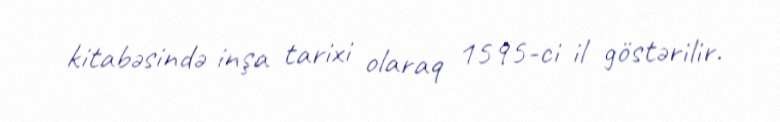
kitabəsində inşa tarixi olaraq 1595-ci il göstərilir.